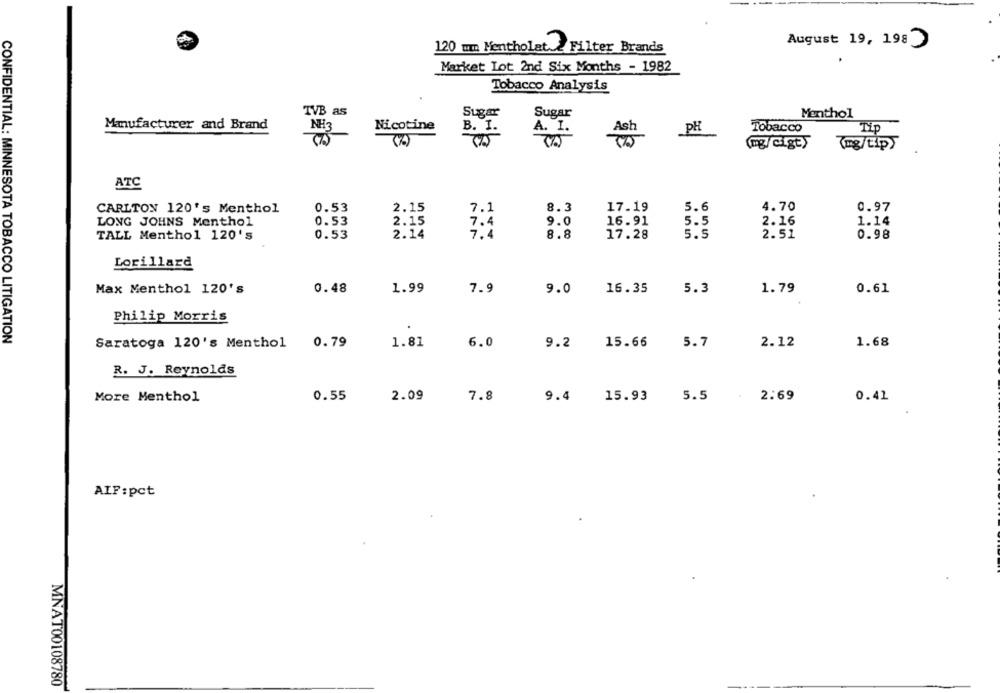
120 um Mentholat & Filter Brands
August 19, 198
Market Lot 2nd Six Months - 1982
Tobacco Analysis
TVB as
Sugar
Sugar
Menthol
Manufacturer and Brand
NH3
Nicotine
B. I.
A. I.
Ash
PH
Tobacco
Tip
(mg/cigty
(mg/tip>
ATC
0.53
2.15
7.1
8.3
17.19
5.6
4.70
0.97
CARLTON 120's Menthol
LONG JOHNS Menthol
0.53
2.15
9.0
16.91
5.5
2.16
1.14
7.4
TALL Menthol 120's
0.53
2.14
7.4
8.8
17.28
5.5
2.51
0.98
Lorillard
Max Menthol 120's
0.48
1.99
7.9
9.0
16.35
5.3
1.79
0.61
Philip Morris
CONFIDENTIAL: MINNESOTA TOBACCO LITIGATION
Saratoga 120's Menthol
0.79
1.81
6.0
9.2
15.66
5.7
2.12
1.68
R. J. Reynolds
More Menthol
0.55
2.09
7.8
9.4
15.93
5.5
2.69
0.41
AIF:pct
MNAT00108780